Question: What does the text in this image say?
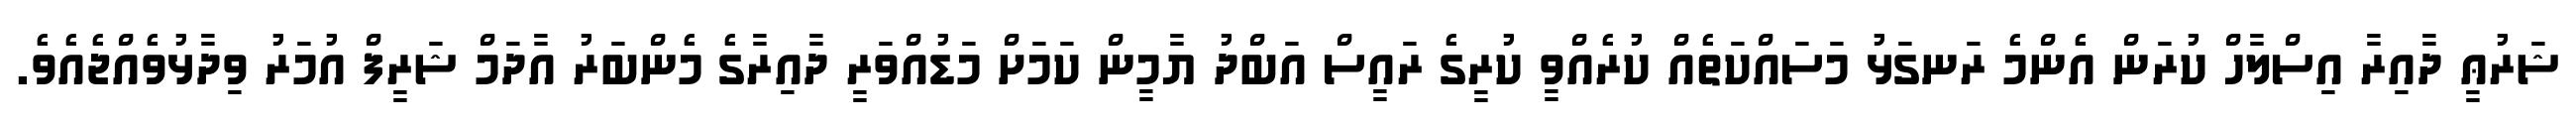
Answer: ޝަރުޢީ ދާއިރާ އިސްލާހް ކުރަން އެންމެ ރަނގަޅު މަސައްކަތެއް ކުރެއްވީ ކުރީގެ ރައީސް އަބްދު ޔާމީން ކަމަށް މަޑުއްވަރީ ދާއިރާގެ މެންބަރު އާދަމް ޝަރީފް އުމަރު ވިދާޅުވެއްޖެއެވެ.